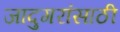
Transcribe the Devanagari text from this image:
जादुगरांसाठी